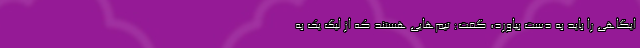
ایگاهی را باید به دست بیاورد، گفت: تیم‌هایی هستند که از لیگ یک به